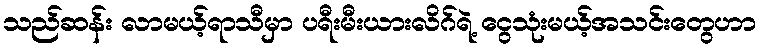
သည်ဆန်း လာမယ့်ရာသီမှာ ပရီးမီးယားလိဂ်ရဲ့ ငွေသုံးမယ့်အသင်းတွေဟာ